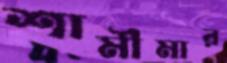
শামীমার